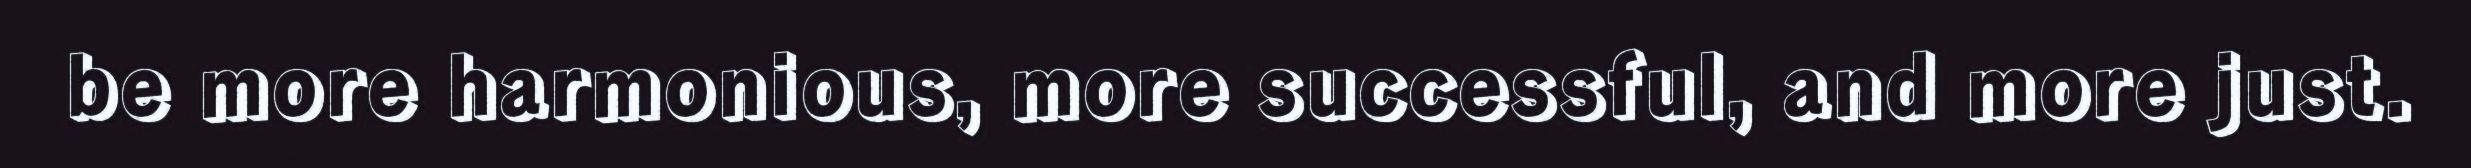
be more harmonious, more successful, and more just.